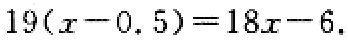
$19(x - 0.5)=18x - 6$